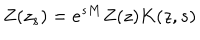
Z ( z _ { s } ) = e ^ { s M } Z ( z ) K ( z , s )